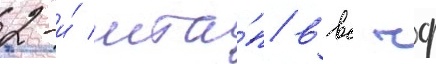
2-и́ мта́п ввс чф